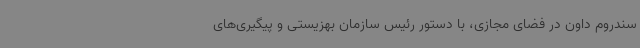
سندروم داون در فضای مجازی، با دستور رئیس سازمان بهزیستی و پیگیری‌های